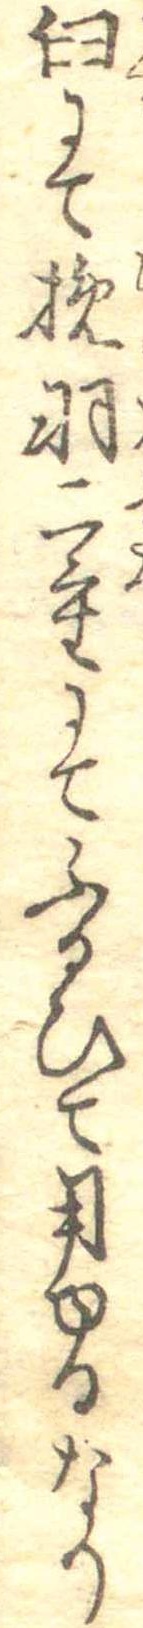
臼にて挽羽二重にてふるひて用ゆるなり